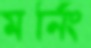
মর্নিং